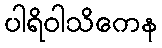
ပါရိဝါသိကေန